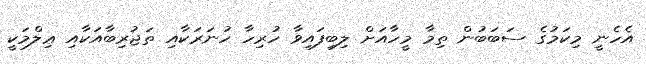
އެހެނީ މިކަމުގެ ސަބަބުން ތިމާ މީހާއަށް ލިބިފައިވާ ހުރިހާ ހުނަރަކާއި ތަޖުރިބާއަކާއި ޢިލްމަކީ